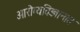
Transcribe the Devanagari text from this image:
आरोग्यविज्ञानात